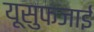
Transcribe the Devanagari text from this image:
यूसुफजाई